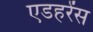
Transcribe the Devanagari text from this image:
एडहरेंस